Veski_algkool, lk 17
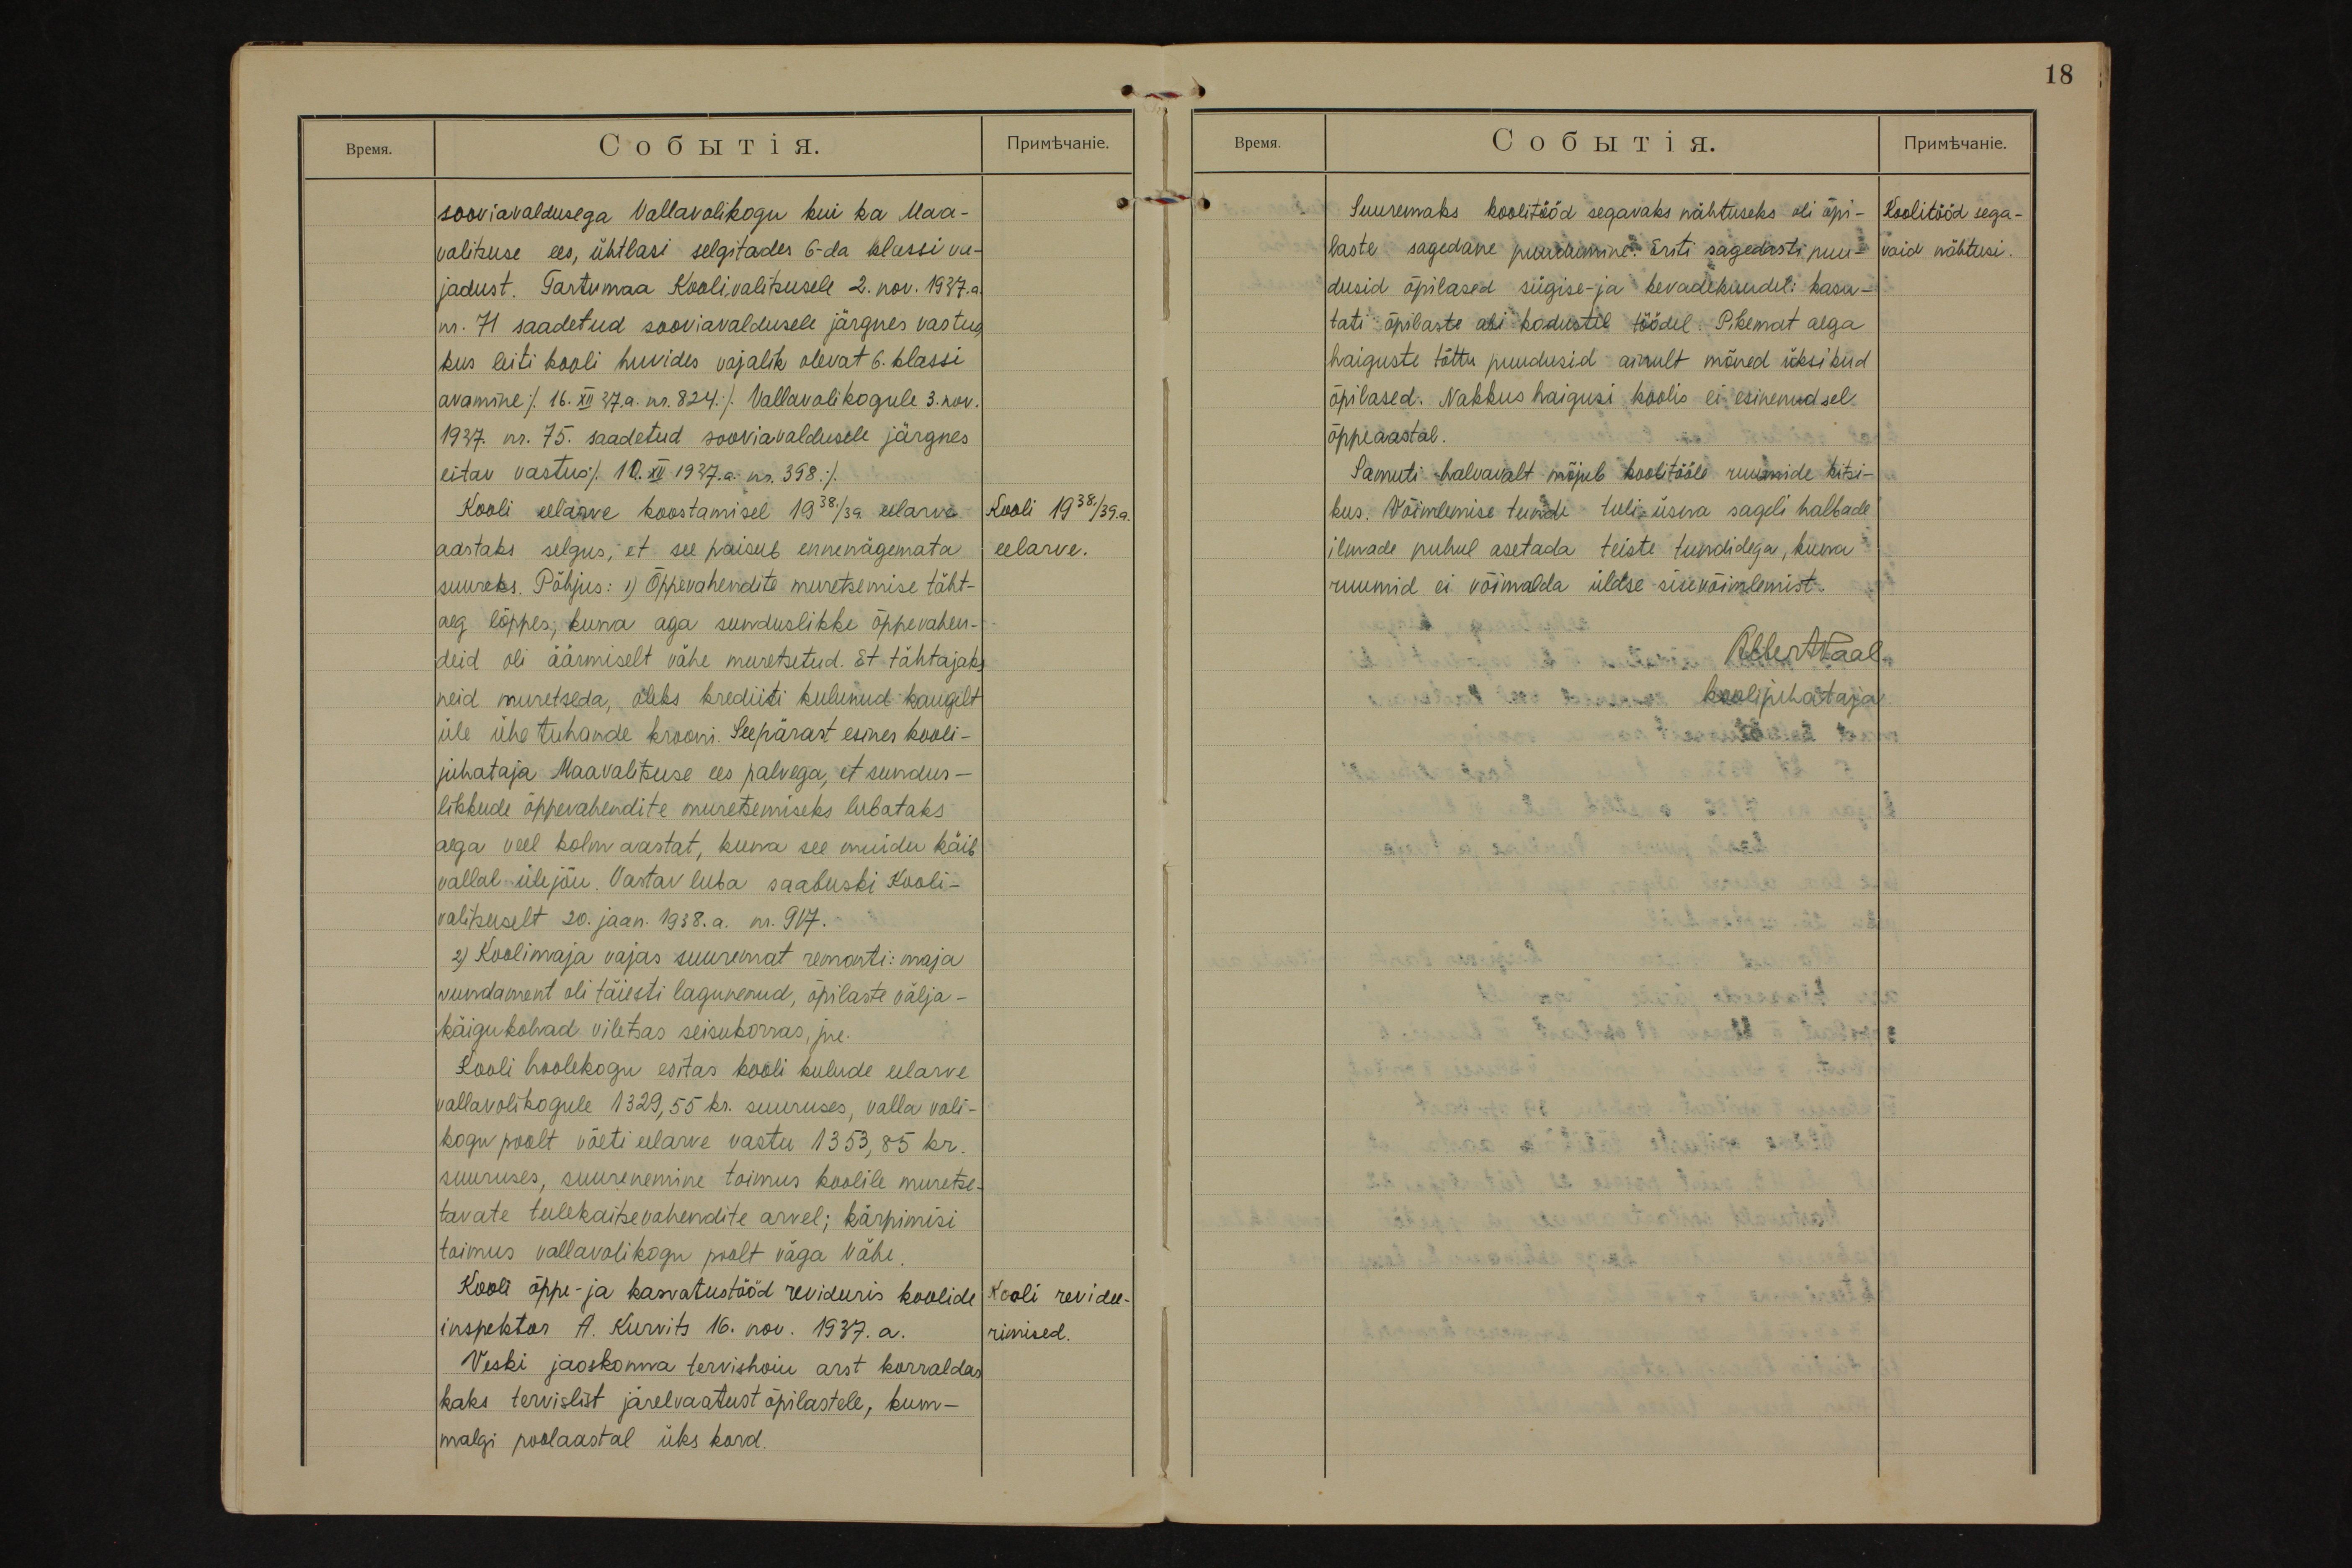
18

sooviavaldusega Vallavolikogu kui ka Maa-
valitsuse ees, ühtlasi selgitades 6-da klassi va-
jadust. Tartumaa Koolivalitsusele 2. nov. 1937. a.
nr. 71 saadetud sooviavaldusele järgnes vastus,
kus leiti kooli huvides vajalik olevat 6. klassi
avamine (16. XII 37.a. nr. 824.). Vallavolikogule 3. nov.
1937. nr. 75. saadetud sooviavaldusele järgnes
eitav vastus (10. XII 1937.a. nr. 398).
Kooli 1938./39.a.
eelarve.
Kooli eelarve koostamisel 1938./39 eelarve
aastaks selgus, et see paisub ennenägemata
suureks. Põhjus: 1) Õppevahendite muretsemise täht-
aeg lõppes, kuna aga sunduslikke õppevahen-
deid oli äärmiselt vähe muretsetud. Et tähtajaks
neid muretseda, oleks krediiti kulunud kaugelt
üle ühe tuhande krooni. Seepärast esines kooli-
juhataja Maavalitsuse ees palvega, et sundus-
likkude õppevahendite muretsemiseks lubataks
aega veel kolm aastat, kuna see muidu käib
vallal ülejõu. Vastav luba saabuski Kooli-
valitsuselt 20. jaan. 1938. a. nr. 917.
2) Koolimaja vajas suuremat remonti: maja
vundament oli täiesti lagunenud, õpilaste välja-
käigukohad viletsas seisukorras, jne.
Kooli hoolekogu esitas kooli kulude eelarve
vallavolikogule 1329,55 kr. suuruses, valla voli-
kogu poolt võeti eelarve vastu 1353, 85 kr.
suuruses, suurenemine toimus koolile muretse-
tavate tulekaitsevahendite arvel; kärpimisi
toimus vallavolikogu poolt väga vähe.
Kooli revidee-
rimised.
Kooli õppe- ja kasvatustööd revideeris koolide
inspektor A. Kurvits 16. nov. 1937. a.
Veski jaoskonna tervishoiu arst korraldas
kaks tervislist järelvaatust õpilastele, kum-
malgi poolaastal üks kord.

Koolitööd sega-
vaid nähtusi.
Suuremaks koolitööd segavaks nähtuseks oli õpi-
laste sagedane puudumine. Eriti sagedasti puu-
dusid õpilased sügise- ja kevadekuudel: kasu-
tati õpilaste abi kodustel töödel. Pikemat aega
haiguste tõttu puudusid ainult mõned üksikud
õpilased. Nakkus haigusi koolis ei esinenud sel
õppeaastal.
Samuti halvavalt mõjub koolitööle ruumide kitsi-
kus. Võimlemise tundi tuli üsna sageli halbade
ilmade puhul asetada teiste tundidega, kuna
ruumid ei võimalda üldse sisevõimlemist.
AlbertPaal
koolijuhataja